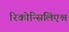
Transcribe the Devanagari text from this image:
रिकोन्सिलिएश्न